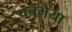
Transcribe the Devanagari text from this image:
पचभैया